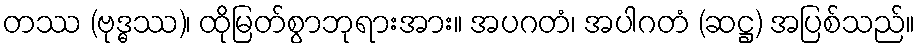
တဿ (ဗုဒ္ဓဿ)၊ ထိုမြတ်စွာဘုရားအား။ အပဂတံ၊ အပါဂတံ (ဆဋ္ဌ) အပြစ်သည်။